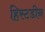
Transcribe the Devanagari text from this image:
हिस्टडीन